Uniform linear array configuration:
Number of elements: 4
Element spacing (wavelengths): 1
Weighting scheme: hann
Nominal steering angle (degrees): -45
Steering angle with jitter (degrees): -46.052
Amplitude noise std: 0.05
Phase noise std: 0.05

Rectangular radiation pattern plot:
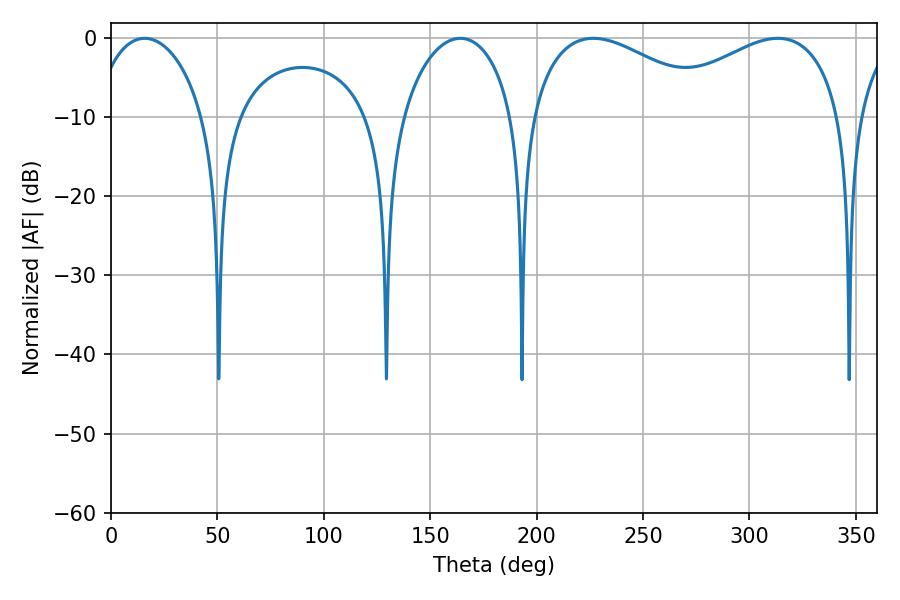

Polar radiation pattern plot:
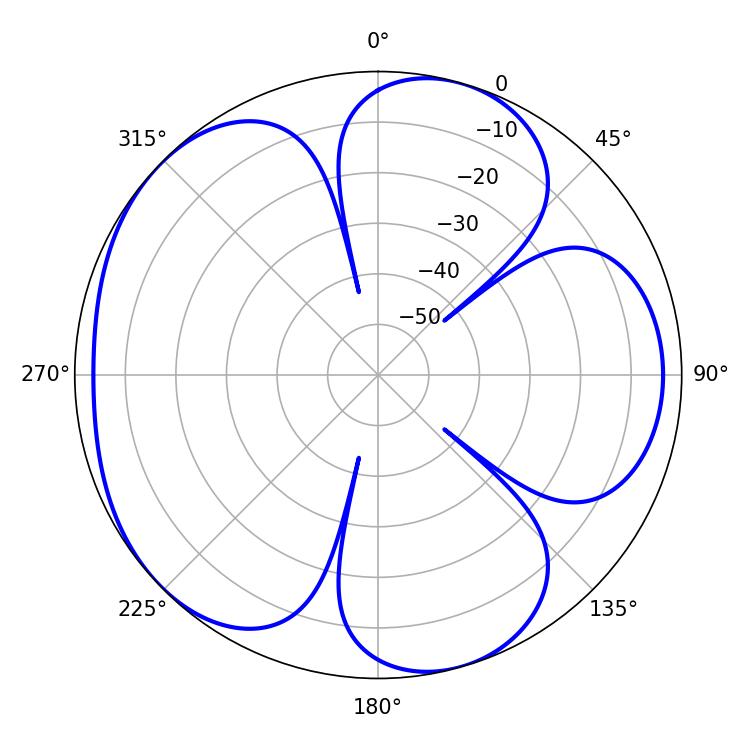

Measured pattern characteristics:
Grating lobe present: TRUE
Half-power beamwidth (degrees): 30.06
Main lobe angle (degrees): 15.84